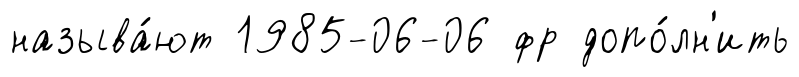
называ́ют 1985-06-06 фр допо́лн'ить